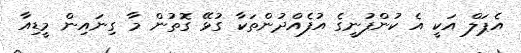
އެޕަލް އަކީ އެ ކުންފުނީގެ އުފެއްދުންތަކާ ގުޅޭ ގޮތުން މާ ގިނައިން މީޑިއާ